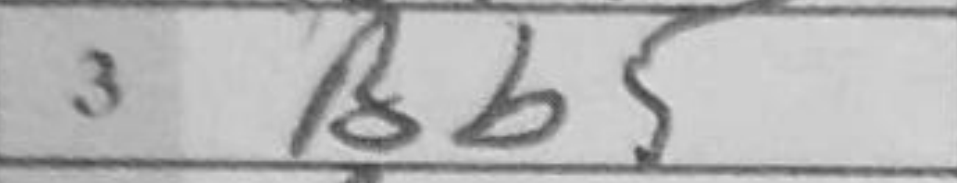
Transcription: Bb5